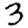
Digit: 3